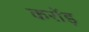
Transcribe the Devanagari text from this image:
करोंड़